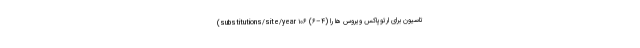
تاسیون برای ارتوپاکس ویروس ها را (۴–۶) ۱۰۶ substitutions/site/year)